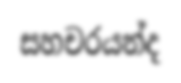
සහචරයන්ද